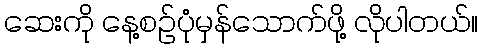
ဆေးကို နေ့စဉ်ပုံမှန်သောက်ဖို့ လိုပါတယ်။